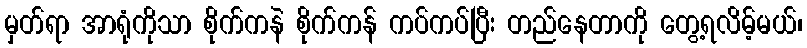
မှတ်ရာ အာရုံကိုသာ စိုက်ကနဲ စိုက်ကန် ကပ်ကပ်ပြီး တည်နေတာကို တွေ့ရလိမ့်မယ်၊